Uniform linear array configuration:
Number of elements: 12
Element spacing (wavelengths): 0.75
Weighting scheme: hann
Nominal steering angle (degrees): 60
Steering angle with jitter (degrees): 61.673
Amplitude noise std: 0.05
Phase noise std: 0.05

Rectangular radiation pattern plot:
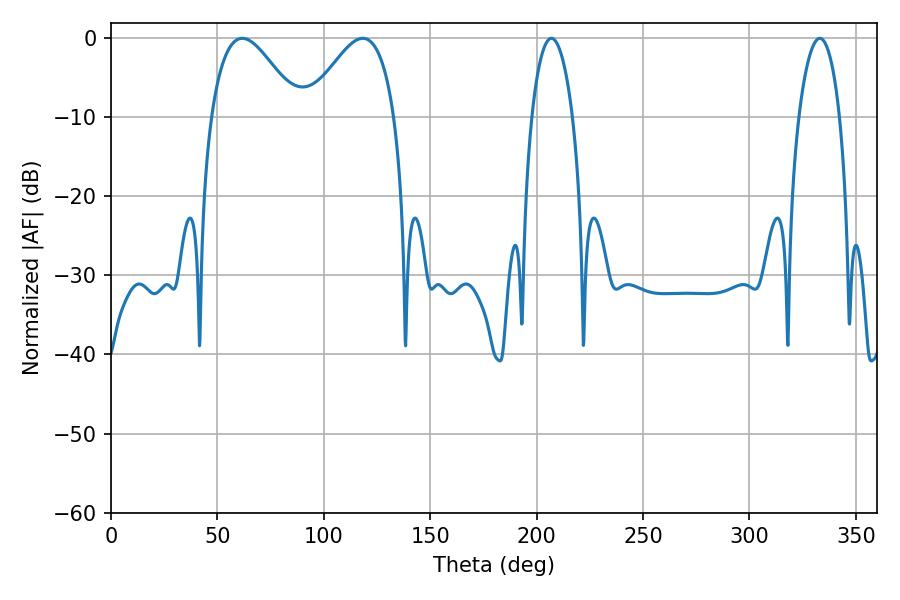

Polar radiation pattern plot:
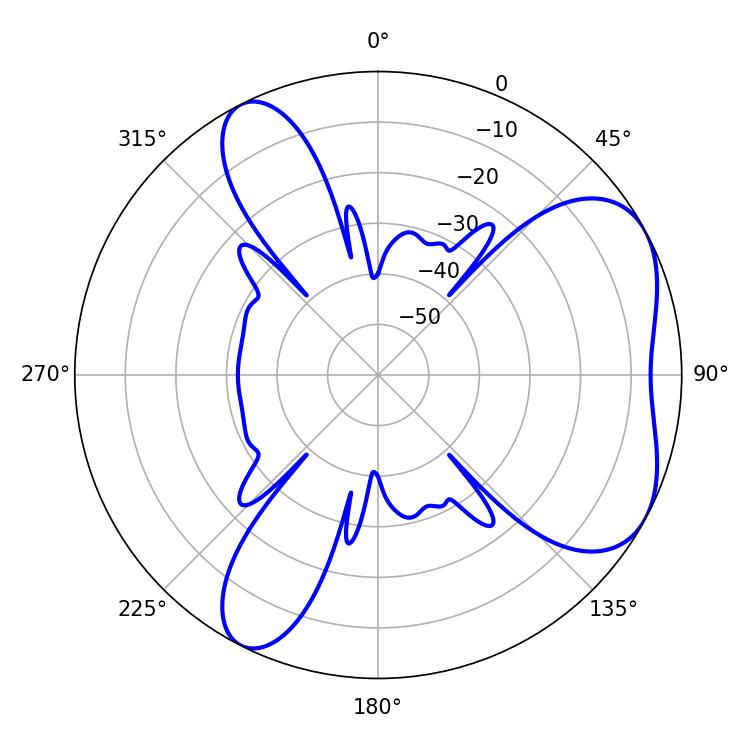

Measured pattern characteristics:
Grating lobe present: TRUE
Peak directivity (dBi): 5.342
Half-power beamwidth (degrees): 22.14
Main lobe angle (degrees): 61.74